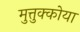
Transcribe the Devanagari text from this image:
मुत्तुक्कोया